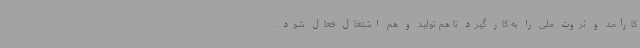
کارآمد و ثروت ملی را به کار گیرد تا هم تولید و هم اشتغال فعال شود.